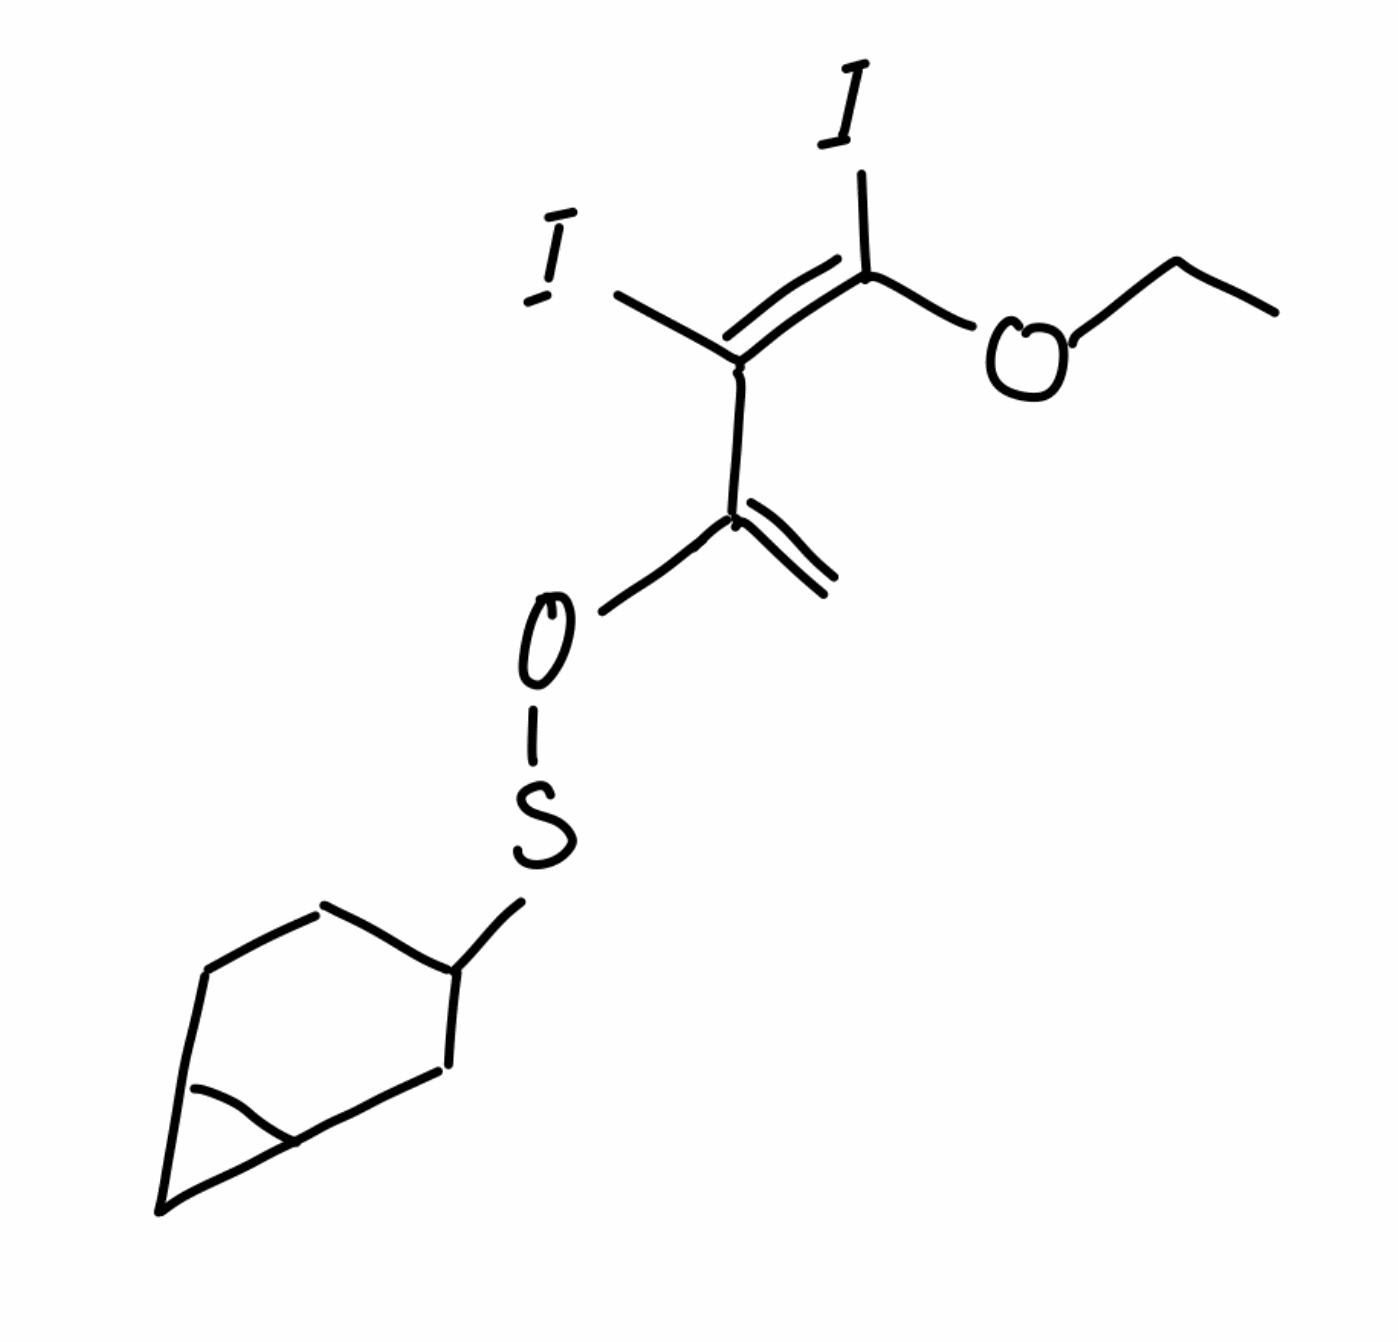
Simplified molecular-input line-entry system (SMILES) notation of the given molecule:
CCO/C(=C(\C(=C)OSC1CCC2CC2C1)/I)/I